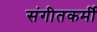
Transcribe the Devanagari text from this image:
संगीतकर्मी